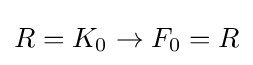
R=K_{0}\to F_{0}=R